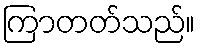
ကြာတတ်သည်။